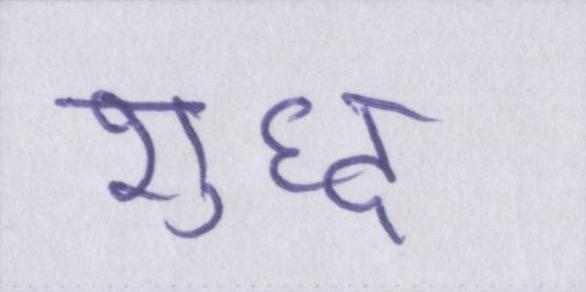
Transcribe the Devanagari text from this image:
शुध्द